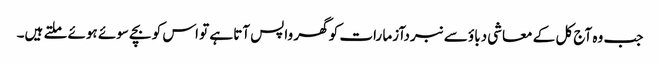
جب وہ آج کل کے معاشی دباؤ سے نبردآزما رات کو گھر واپس آتا ہے تو اس کو بچے سوئے ہوئے ملتے ہیں۔